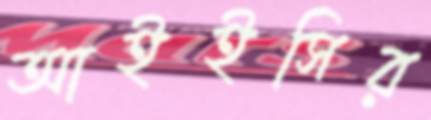
আইইসির